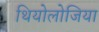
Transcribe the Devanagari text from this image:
थियोलोजिया